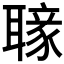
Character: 𦗐